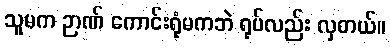
သူမက ဉာဏ် ကောင်းရုံမကဘဲ ရုပ်လည်း လှတယ်။